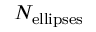
N _ { \mathrm { e l l i p s e s } }